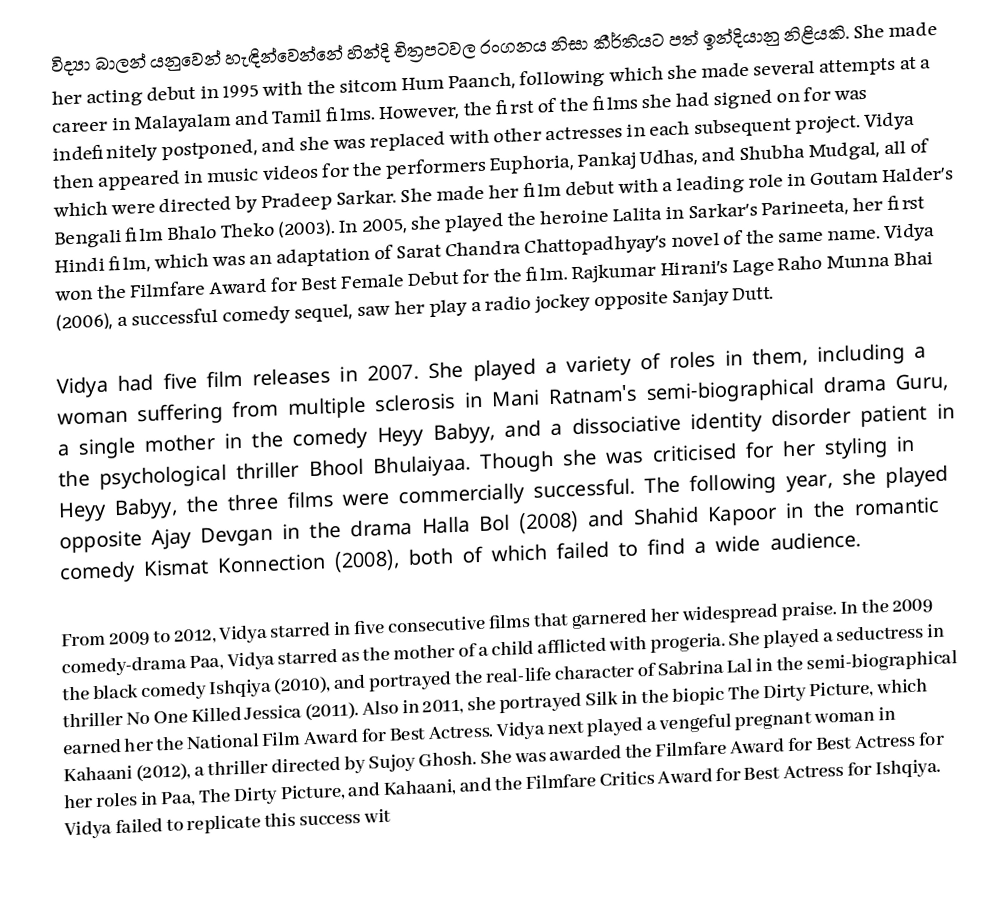
විද්‍යා බාලන් ‍යනුවෙන් හැඳින්වෙන්නේ හින්දි චිත්‍රපටවල රංගනය නිසා කීර්තියට පත් ඉන්දියානු නිළියකි. She made her acting debut in 1995 with the sitcom Hum Paanch, following which she made several attempts at a career in Malayalam and Tamil films. However, the first of the films she had signed on for was indefinitely postponed, and she was replaced with other actresses in each subsequent project. Vidya then appeared in music videos for the performers Euphoria, Pankaj Udhas, and Shubha Mudgal, all of which were directed by Pradeep Sarkar. She made her film debut with a leading role in Goutam Halder's Bengali film Bhalo Theko (2003). In 2005, she played the heroine Lalita in Sarkar's Parineeta, her first Hindi film, which was an adaptation of Sarat Chandra Chattopadhyay's novel of the same name. Vidya won the Filmfare Award for Best Female Debut for the film. Rajkumar Hirani's Lage Raho Munna Bhai (2006), a successful comedy sequel, saw her play a radio jockey opposite Sanjay Dutt.

Vidya had five film releases in 2007. She played a variety of roles in them, including a woman suffering from multiple sclerosis in Mani Ratnam's semi-biographical drama Guru, a single mother in the comedy Heyy Babyy, and a dissociative identity disorder patient in the psychological thriller Bhool Bhulaiyaa. Though she was criticised for her styling in Heyy Babyy, the three films were commercially successful. The following year, she played opposite Ajay Devgan in the drama Halla Bol (2008) and Shahid Kapoor in the romantic comedy Kismat Konnection (2008), both of which failed to find a wide audience.

From 2009 to 2012, Vidya starred in five consecutive films that garnered her widespread praise. In the 2009 comedy-drama Paa, Vidya starred as the mother of a child afflicted with progeria. She played a seductress in the black comedy Ishqiya (2010), and portrayed the real-life character of Sabrina Lal in the semi-biographical thriller No One Killed Jessica (2011). Also in 2011, she portrayed Silk in the biopic The Dirty Picture, which earned her the National Film Award for Best Actress. Vidya next played a vengeful pregnant woman in Kahaani (2012), a thriller directed by Sujoy Ghosh. She was awarded the Filmfare Award for Best Actress for her roles in Paa, The Dirty Picture, and Kahaani, and the Filmfare Critics Award for Best Actress for Ishqiya. Vidya failed to replicate this success wit